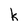
Character: k